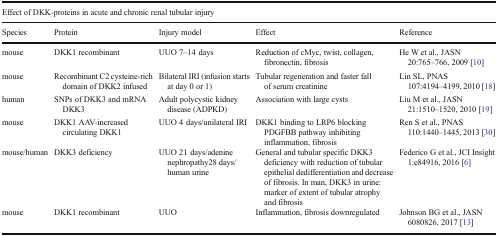
| <COLSPAN=5> Effect of DKK-proteins in acute and chronic renal tubular injury |
 | Species | Protein | Injury model | Effect | Reference |
 | --- | --- | --- | --- | --- |
 | mouse | DKK1 recombinant | UUO 7–14 days | Reduction of cMyc, twist, collagen, fibronectin, fibrosis | He W et al., JASN 20:765–766, 2009 [10] |
 | mouse | Recombinant C2 cysteine-rich domain of DKK2 infused | Bilateral IRI (infusion starts at day 0 or 1) | Tubular regeneration and faster fall of serum creatinine | Lin SL, PNAS 107:4194–4199, 2010 [18] |
 | human | SNPs of DKK3 and mRNA DKK3 | Adult polycystic kidney disease (ADPKD) | Association with large cysts | Liu M et al., JASN 21:1510–1520, 2010 [19] |
 | mouse | DKK1 AAV-increased circulating DKK1 | UUO 4 days/unilateral IRI | DKK1 binding to LRP6 blocking PDGFBB pathway inhibiting inflammation, fibrosis | Ren S et al., PNAS 110:1440–1445, 2013 [30] |
 | mouse/human | DKK3 deficiency | UUO 21 days/adenine nephropathy28 days/human urine | General and tubular specific DKK3 deficiency with reduction of tubular epithelial dedifferentiation and decrease of fibrosis. In man, DKK3 in urine: marker of extent of tubular atrophy and fibrosis | Federico G et al., JCI Insight 1:e84916, 2016 [6] |
 | mouse | DKK1 recombinant | UUO | Inflammation, fibrosis downregulated | Johnson BG et al., JASN 6080826, 2017 [13] |